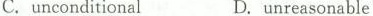
C.unconditionalD.unreasonable